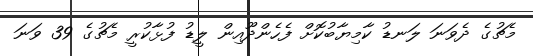
މެޗުގެ ދެވަނަ ލަނޑު ކާމިޔާބުކޮށް ފެހެންދޫއިން ލީޑު ފުޅާކުރީ މެޗުގެ 39 ވަނަ